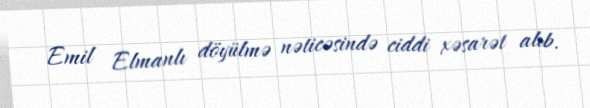
Emil Elmanlı döyülmə nəticəsində ciddi xəsarət alıb.